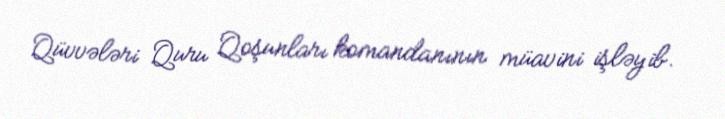
Qüvvələri Quru Qoşunları komandanının müavini işləyib.